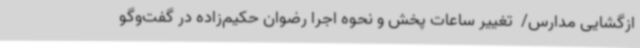
ازگشایی مدارس/  تغییر ساعات پخش و نحوه اجرا رضوان حکیم‌زاده در گفت‌وگو